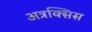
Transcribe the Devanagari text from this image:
अत्रक्सिस